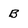
Character: B